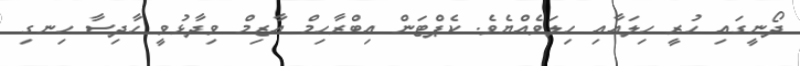
ދޯނީގައި ހުރީ ހިލައާއި ހިލަވެއްޔެވެ. ކެޕްޓަން އިބްރާހިމް އާޒިމް ވިދާޅުވީ ހާދިސާ ހިނގި